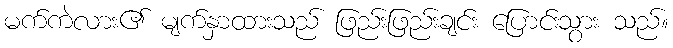
မက်ကဲလား၏ မျက်နှာထားသည် ဖြည်းဖြည်းချင်း ပြောင်းသွား သည်။